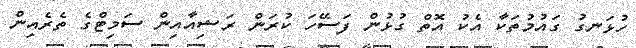
ހުޅަނގު ގައުމުތަކާ އެކު އޮތް ގުޅުން ފަސޭހަ ކުރަން ރަޝިއާއިން ސަމިޓްގެ ތެރެއިން